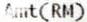
AMT(RM)